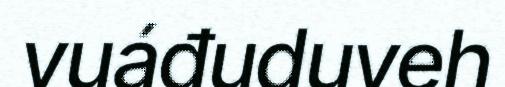
vuáđuduveh